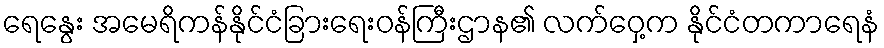
ရေနွေး အမေရိကန်နိုင်ငံခြားရေးဝန်ကြီးဌာန၏ လက်ဝှေ့က နိုင်ငံတကာရေနံ